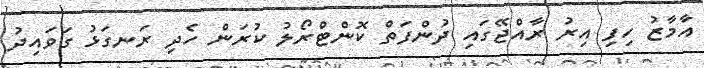
އާމާޒު ހިފި އިރު ރާއްޖޭގައި ދުންފަތް ކޮންޓްރޯލު ކުރަން ހެދި ރަނގަޅު ގަވައިދު